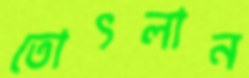
তোৎলান